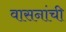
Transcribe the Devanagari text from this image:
वासनांची